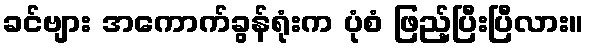
ခင်ဗျား အကောက်ခွန်ရုံးက ပုံစံ ဖြည့်ပြီးပြီလား။